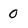
Character: 0